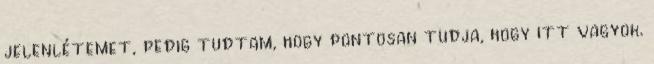
jelenlétemet, pedig tudtam, hogy pontosan tudja, hogy itt vagyok.